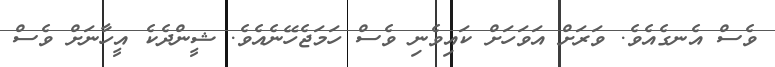
ވެސް އެނގެއެވެ. ވަރަށް އަވަހަށް ކައިވެނި ވެސް ހަމަޖެހޭނެއެވެ. ޝީންދެކެ އީހާނަށް ވެސް